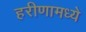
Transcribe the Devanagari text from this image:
हरीणामध्ये